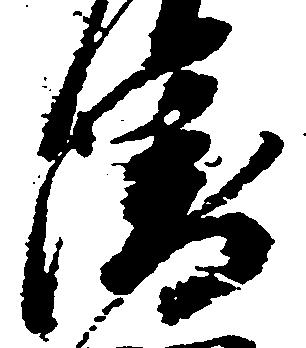
衛